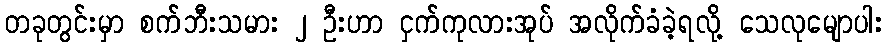
တခုတွင်းမှာ စက်ဘီးသမား ၂ ဦးဟာ ငှက်ကုလားအုပ် အလိုက်ခံခဲ့ရလို့ သေလုမျောပါး